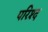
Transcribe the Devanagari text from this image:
परिश्द